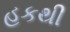
હકથી